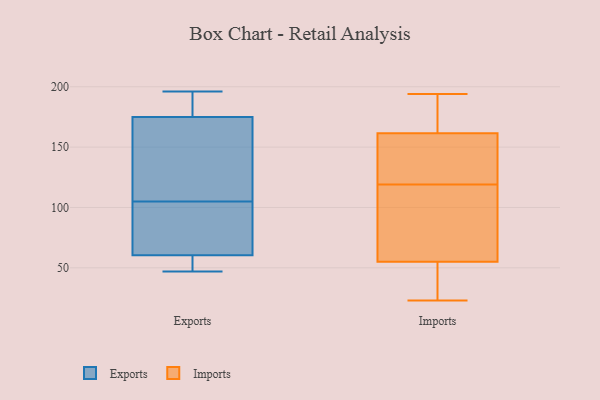
{"axis": {"x": "Churn Rate (%)", "y": "Value"}, "legend": ["Exports", "Imports"], "data": [{"x": "", "y": 181, "type": "Exports"}, {"x": "", "y": 89, "type": "Exports"}, {"x": "", "y": 192, "type": "Exports"}, {"x": "", "y": 59, "type": "Exports"}, {"x": "", "y": 83, "type": "Exports"}, {"x": "", "y": 173, "type": "Exports"}, {"x": "", "y": 61, "type": "Exports"}, {"x": "", "y": 47, "type": "Exports"}, {"x": "", "y": 51, "type": "Exports"}, {"x": "", "y": 105, "type": "Exports"}, {"x": "", "y": 196, "type": "Exports"}, {"x": "", "y": 135, "type": "Exports"}, {"x": "", "y": 168, "type": "Exports"}, {"x": "", "y": 162, "type": "Imports"}, {"x": "", "y": 50, "type": "Imports"}, {"x": "", "y": 194, "type": "Imports"}, {"x": "", "y": 173, "type": "Imports"}, {"x": "", "y": 177, "type": "Imports"}, {"x": "", "y": 124, "type": "Imports"}, {"x": "", "y": 70, "type": "Imports"}, {"x": "", "y": 119, "type": "Imports"}, {"x": "", "y": 25, "type": "Imports"}, {"x": "", "y": 100, "type": "Imports"}, {"x": "", "y": 23, "type": "Imports"}, {"x": "", "y": 85, "type": "Imports"}, {"x": "", "y": 160, "type": "Imports"}, {"x": "", "y": 42, "type": "Imports"}, {"x": "", "y": 152, "type": "Imports"}]}